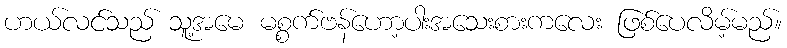
ဟယ်လင်သည် သူ့အမေ မစ္စက်ဗန်ဟော့ပါးအသေးစားကလေး ဖြစ်ပေလိမ့်မည်။